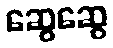
ဆွေဆွေ